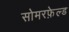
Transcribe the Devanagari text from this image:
सोमरफ़ेल्ड